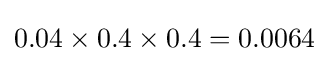
0.04\times 0.4\times 0.4=0.0064